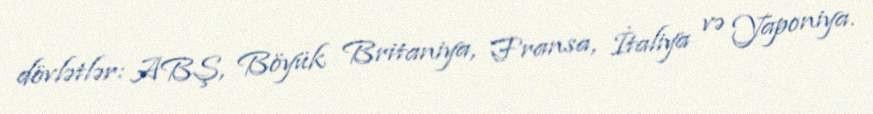
dövlətlər: ABŞ, Böyük Britaniya, Fransa, İtaliya və Yaponiya.